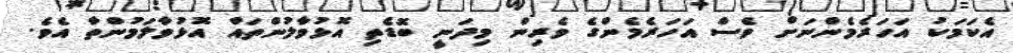
އެކަމަކު އަހަރެމެންނަށް ވެސް އަހަރެމެންގެ ވެރިން މިދަނީ ބޮޑެތި އޮޅުވާލުންތައް އޮޅުވާލަމުންތާ އެވެ.